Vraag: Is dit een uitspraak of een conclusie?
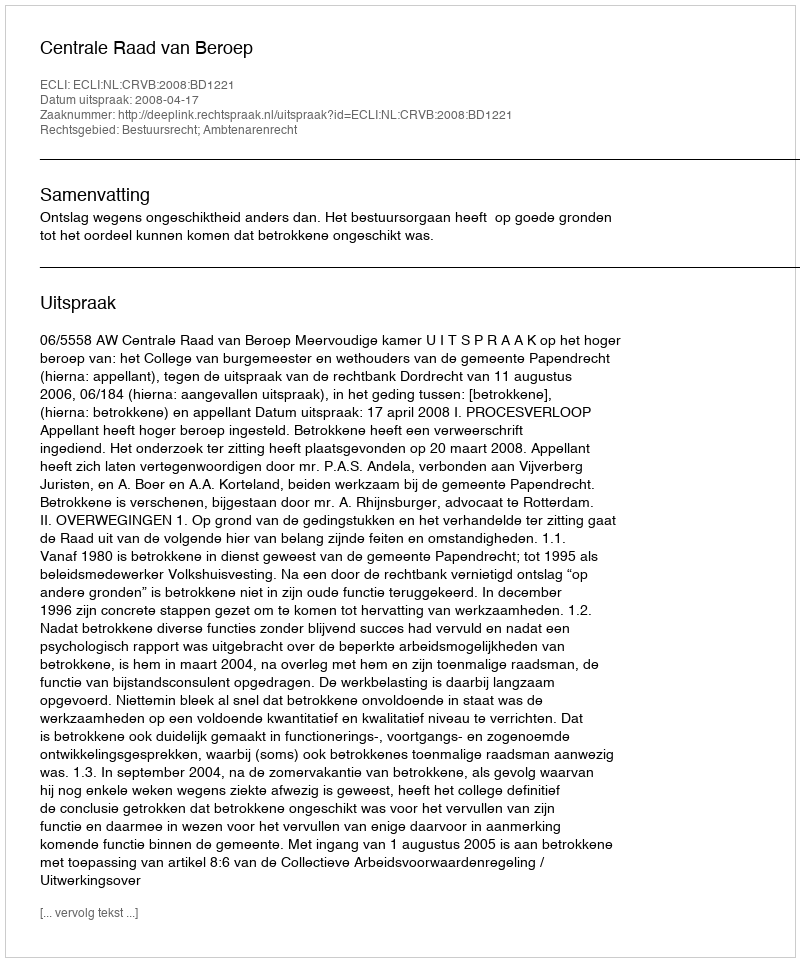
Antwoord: Uitspraak